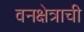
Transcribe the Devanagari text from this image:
वनक्षेत्राची